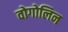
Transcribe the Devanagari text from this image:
वोगोलिन